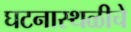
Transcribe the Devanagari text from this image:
घटनास्थळीचे